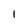
Character: I